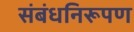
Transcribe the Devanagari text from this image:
संबंधनिरूपण